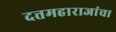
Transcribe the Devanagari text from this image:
दत्तमहाराजांचा